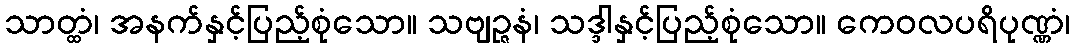
သာတ္ထံ၊ အနက်နှင့်ပြည့်စုံသော။ သဗျဉ္ဇနံ၊ သဒ္ဒါနှင့်ပြည့်စုံသော။ ကေဝလပရိပုဏ္ဏံ၊